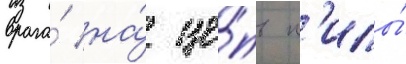
врага́ на́ це́пь п'илы́